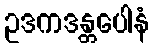
ဥဒကဒန္တပေါနံ